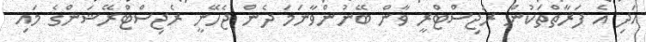
އަދި އެ ފަރާތްތަކުން ރަޖިސްޓްރީ ވާން ބޭނުންވާނަމަ ދެން ޖެހޭނީ ރެޖިސްޓްރޭޝަންގެ މައި